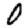
Digit: 0